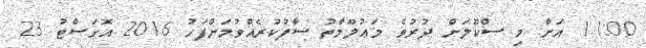
11:00 އަށް މި ސްކޫލަށް ދުރުވެ މަޢުލޫމާތު ސާފުކުރެއްވުމަށްފަހު 2016 އޮގަސްޓު 23